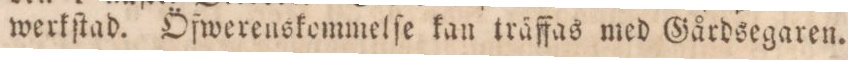
werkſtad. Öfwerenskommelſe kan träffas med Gårdsegaren.